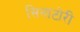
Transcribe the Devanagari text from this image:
सिनाटोरी